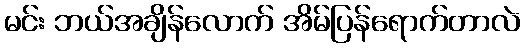
မင်း ဘယ်အချိန်လောက် အိမ်ပြန်ရောက်တာလဲ